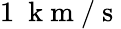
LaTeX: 1~\mathrm{~k~m~}/\mathrm{~s~}